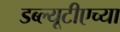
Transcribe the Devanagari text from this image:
डब्ल्यूटीएच्या